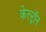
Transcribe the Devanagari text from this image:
केल्ट्रॉन